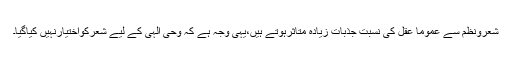
شعرونظم سے عموماً عقل کی نسبت جذبات زیادہ متاثرہوتے ہیں،یہی وجہ ہے کہ وحی الہیٰ کے لیے شعرکواختیارنہیں کیاگیا۔